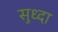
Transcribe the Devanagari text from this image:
सुध्‍दा